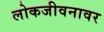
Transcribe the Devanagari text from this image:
लोकजीवनावर